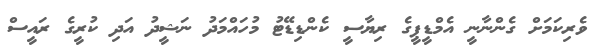
ވެރިކަމަށް ގެންނާނީ އެމްޑީޕީގެ ރިޔާސީ ކެންޑިޑޭޓު މުހައްމަދު ނަޝީދު އަދި ކުރީގެ ރައީސް